Scottish Leaving Certificate Examination, 1960
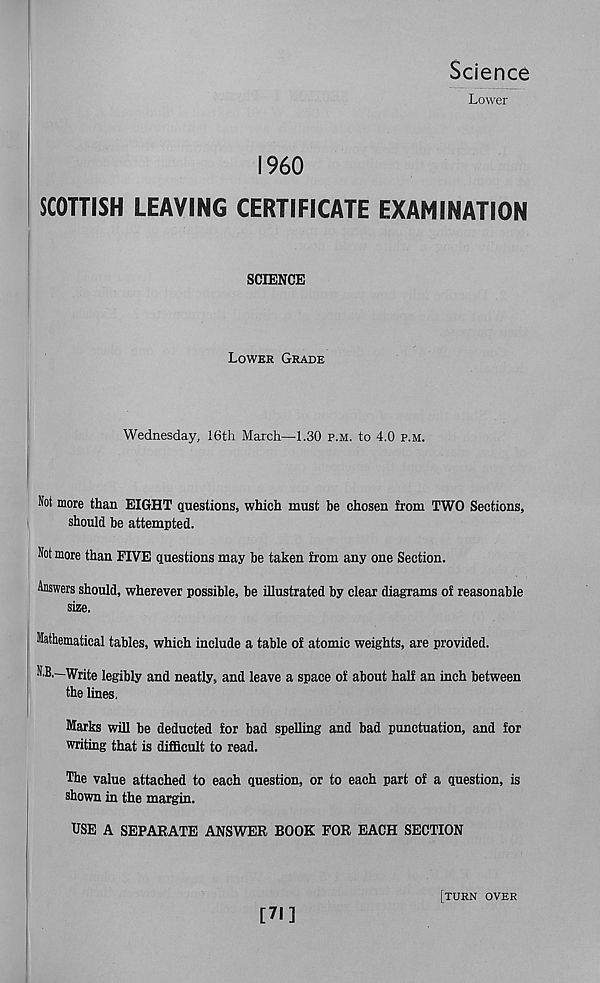
Science
Lower
I960
SCOTTISH LEAVING CERTIFICATE EXAMINATION
SCIENCE
Lower Grade
Wednesday, 16th March—1.30 p.m. to 4.0 p.m.
Not more than EIGHT questions, which must be chosen from TWO Sections,
should be attempted.
Not more than FIVE questions may he taken from any one Section.
Answers should, wherever possible, he illustrated by clear diagrams of reasonable
size.
Mathematical tables, which include a table of atomic weights, are provided.
N.B.—Write legibly and neatly, and leave a space of about half an inch between
the lines.
Marks will be deducted for bad spelling and bad punctuation, and for
writing that is difficult to read.
The value attached to each question, or to each part of a question, is
shown in the margin.
USE A SEPARATE ANSWER BOOK FOR EACH SECTION
[71]
[turn over